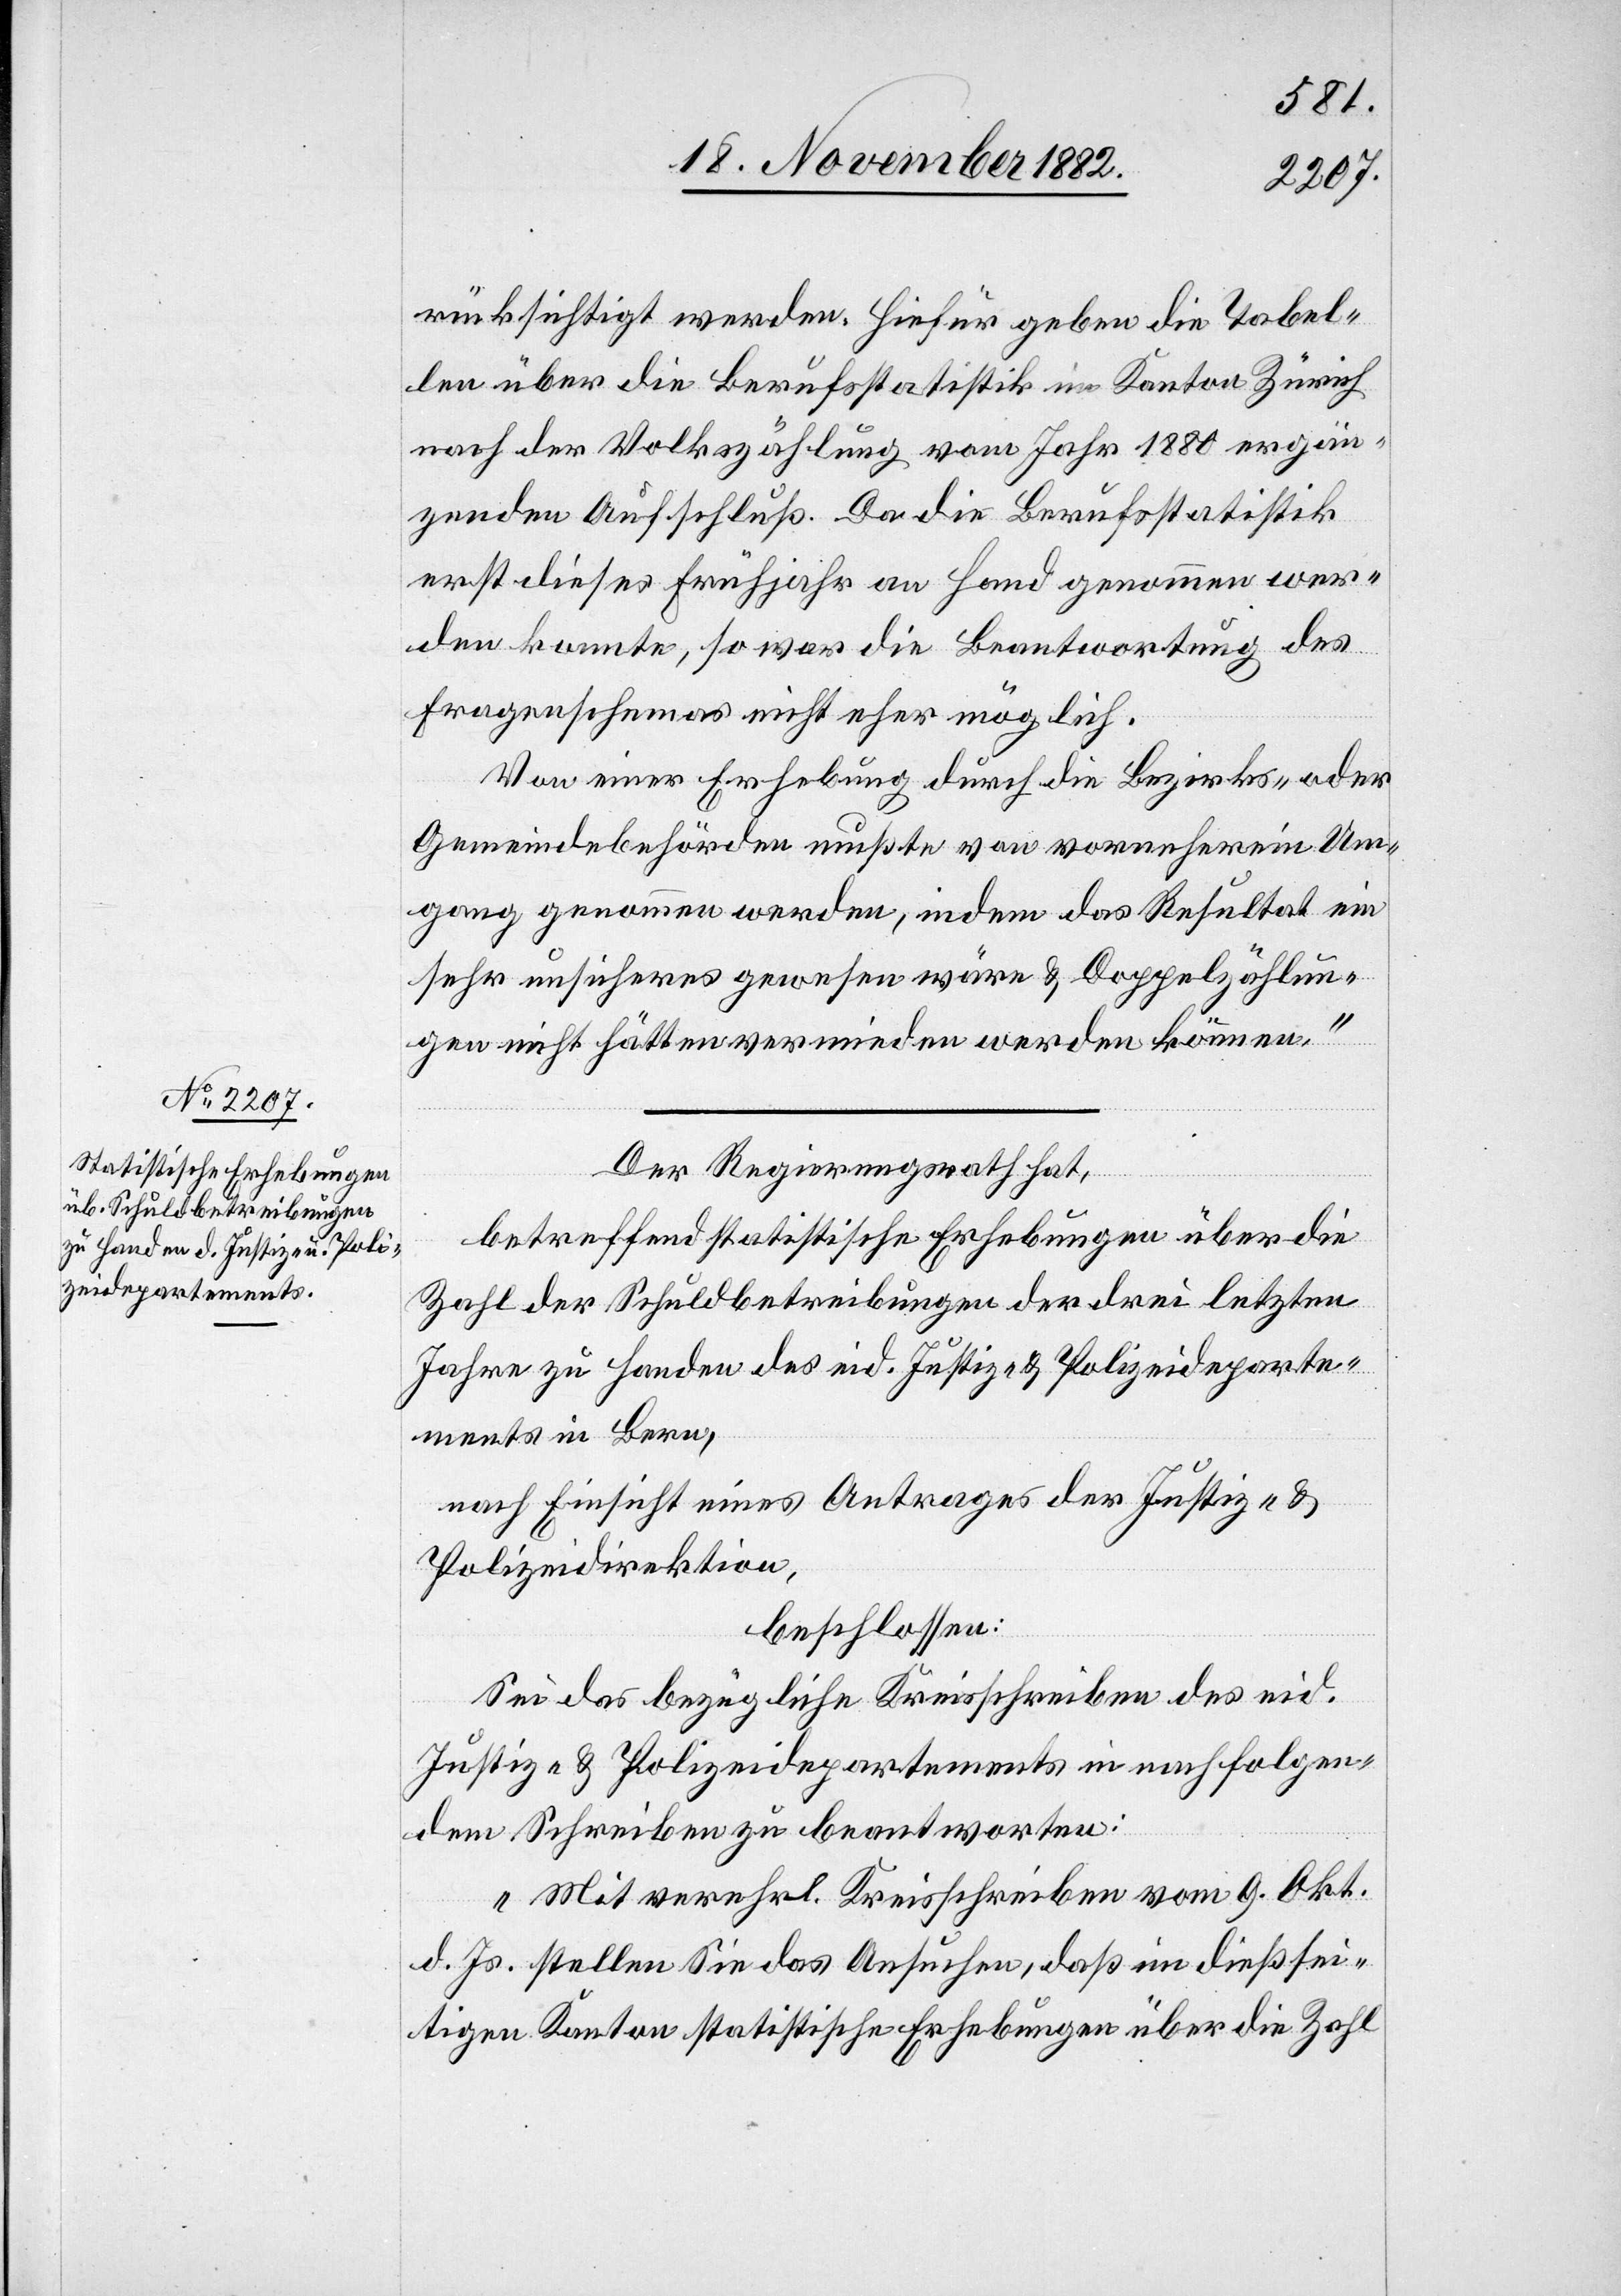
rücksichtigt werden. Hiefür gegen die Tabel¬
len über die Berufsstatistik im Kanton Zürich
nach der Volkszählung vom Jahr 1880 ergän¬
zenden Aufschluß. Da die Berufsstatistik
erst dieses Frühjahr an Hand genommen wer¬
den konnte, so war die Beantwortung des
Fragenschemas nicht eher möglich.
Von einer Erhebung durch die Bezirks- oder
Gemeindebehörden mußte von vorneherein Um¬
gang genommen werden, indem das Resultat ein
sehr unsicheres gewesen wäre & Doppelzählun¬
gen nicht hätten vermieden werden können.“
Der Regierungsrath hat,
betreffend statistische Erhebungen über die
Zahl der Schuldbetreibungen der drei letzten
Jahre zu Handen des eid. Justiz- & Polizeideparte¬
ments in Bern,
nach Einsicht eines Antrages der Justiz- &
Polizeidirektion,
beschlossen:
Sei das bezügliche Kreisschreiben des eid.
Justiz- & Polizeidepartements in nachfolgen¬
dem Schreiben zu beantworten:
„Mit verehrl. Kreisschreiben vom 9. Okt.
d. Js. stellen Sie das Ansuchen, daß im dießsei¬
tigen Kanton statistische Erhebungen über die Zahl